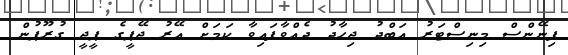
ފިނޭންސް މިނިސްޓަރު އަބްދު ޖިހާދު ދެއްވާފައިވާ ކަމަށް އޭރު ޖޭޕީގެ ޕީޖީ ގުރޫޕުން